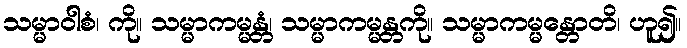
သမ္မာဝါစံ၊ ကို။ သမ္မာကမ္မန္တံ၊ သမ္မာကမ္မန္တကို။ သမ္မာကမ္မန္တောတိ၊ ဟူ၍။